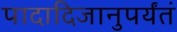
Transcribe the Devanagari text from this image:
पादादिजानुपर्यंतं